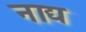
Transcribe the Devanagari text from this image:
नाद्य